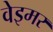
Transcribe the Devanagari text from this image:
वेइमर